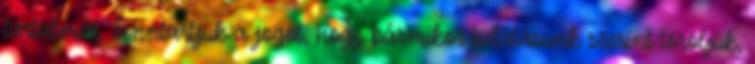
tartalmát. Fenntartjuk a jogot, hogy bármikor belátásunk szerint töröljük,